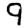
Digit: 9